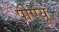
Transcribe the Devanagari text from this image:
पीएयू